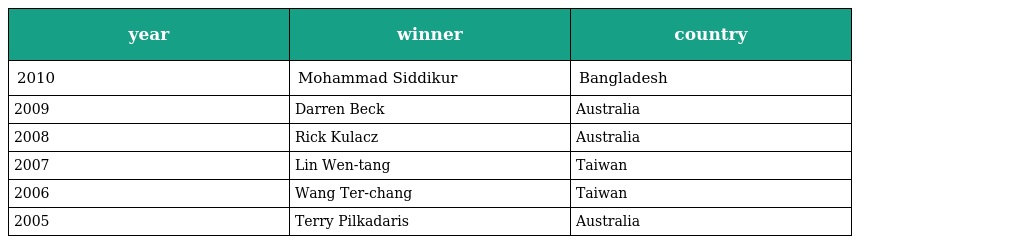
| year | winner | country |
 | --- | --- | --- |
 | 2010 | Mohammad Siddikur | Bangladesh |
 | 2009 | Darren Beck | Australia |
 | 2008 | Rick Kulacz | Australia |
 | 2007 | Lin Wen-tang | Taiwan |
 | 2006 | Wang Ter-chang | Taiwan |
 | 2005 | Terry Pilkadaris | Australia |